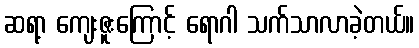
ဆရာ့ ကျေးဇူးကြောင့် ရောဂါ သက်သာလာခဲ့တယ်။